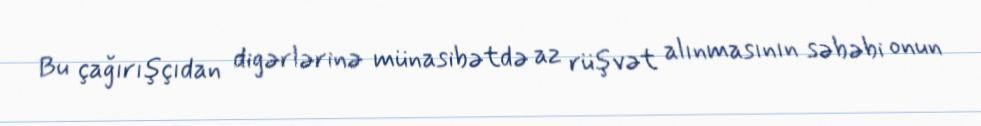
Bu çağırışçıdan digərlərinə münasibətdə az rüşvət alınmasının səbəbi onun